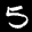
Label: 5